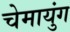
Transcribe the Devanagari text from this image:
चेमायुंग